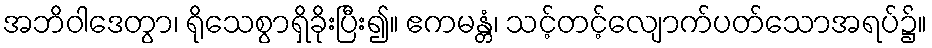
အဘိဝါဒေတွာ၊ ရိုသေစွာရှိခိုးပြီး၍။ ဧကမန္တံ၊ သင့်တင့်လျောက်ပတ်သောအရပ်၌။